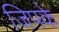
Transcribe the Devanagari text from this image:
जिपके